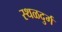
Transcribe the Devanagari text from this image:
स्थळदुर्ग